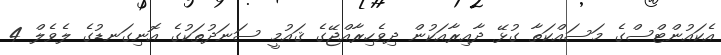
އެކައުންޓްސްގެ މަސައްކަތާ ގުޅޭ ދާއިރާއަކުން ދިވެހިރާއްޖޭގެ ޤައުމީ ސަނަދުތަކުގެ އޮނިގަނޑުގެ ލެވެލް 4